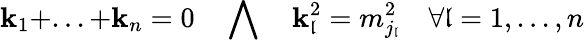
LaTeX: \mathbf{k}_{1}+...+\mathbf{k}_{n}=0\quad\bigwedge\quad\mathbf{k}_{\mathfrak{l}}^{2}=m_{j_{\mathfrak{l}}}^{2}\quad\forall\mathfrak{l}=1,...,n